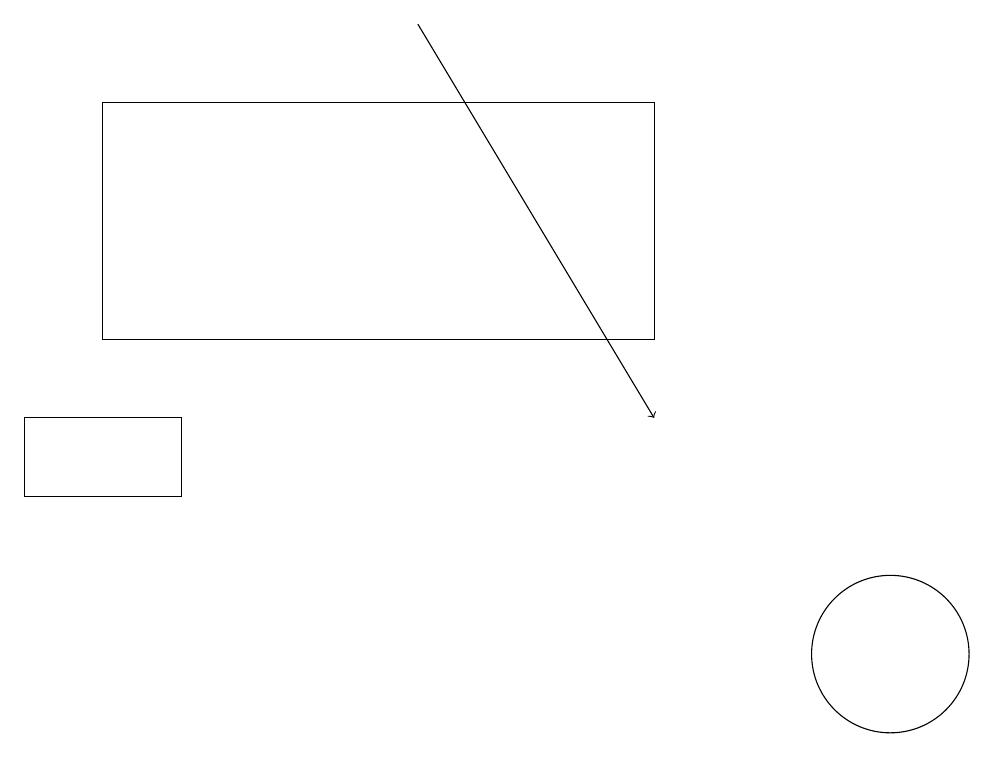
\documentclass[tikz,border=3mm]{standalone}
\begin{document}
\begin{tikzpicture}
\draw (12,10) circle (1);
\draw (1,13) rectangle (3,12);
\draw[->] (6,18) -- (9,13);
\draw (2,17) rectangle (9,14);
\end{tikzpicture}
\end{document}